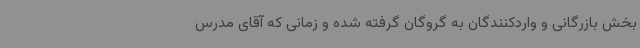
بخش بازرگانی و واردکنندگان به گروگان گرفته شده و زمانی که آقای مدرس